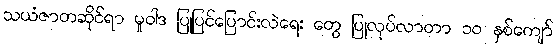
သယံဇာတဆိုင်ရာ မူဝါဒ ပြုပြင်ပြောင်းလဲရေး တွေ ပြုလုပ်လာတာ ၁၀ နှစ်ကျော်